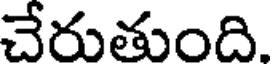
చేరుతుంది.